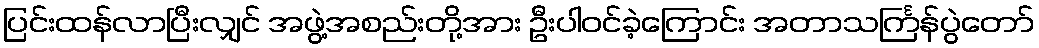
ပြင်းထန်လာပြီးလျှင် အဖွဲ့အစည်းတို့အား ဦးပါဝင်ခဲ့ကြောင်း အတာသင်္ကြန်ပွဲတော်